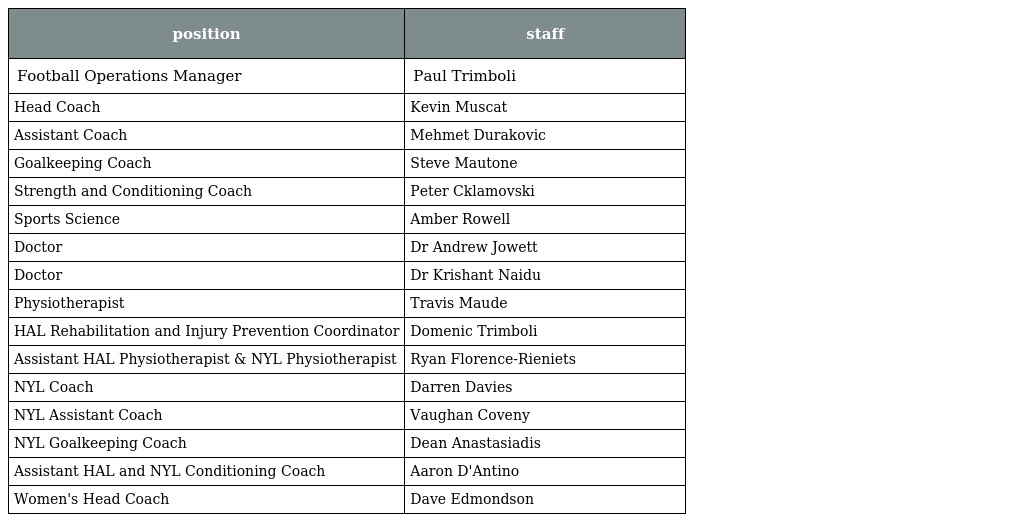
| position | staff |
 | --- | --- |
 | Football Operations Manager | Paul Trimboli |
 | Head Coach | Kevin Muscat |
 | Assistant Coach | Mehmet Durakovic |
 | Goalkeeping Coach | Steve Mautone |
 | Strength and Conditioning Coach | Peter Cklamovski |
 | Sports Science | Amber Rowell |
 | Doctor | Dr Andrew Jowett |
 | Doctor | Dr Krishant Naidu |
 | Physiotherapist | Travis Maude |
 | HAL Rehabilitation and Injury Prevention Coordinator | Domenic Trimboli |
 | Assistant HAL Physiotherapist & NYL Physiotherapist | Ryan Florence-Rieniets |
 | NYL Coach | Darren Davies |
 | NYL Assistant Coach | Vaughan Coveny |
 | NYL Goalkeeping Coach | Dean Anastasiadis |
 | Assistant HAL and NYL Conditioning Coach | Aaron D'Antino |
 | Women's Head Coach | Dave Edmondson |